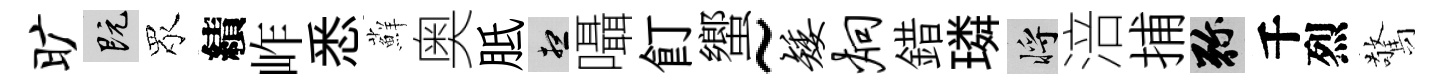
旷既眾績岞悉蘚奥胝想囁飣蠁~矮炯錯璘將涪捕弥千烈驚